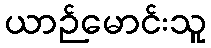
ယာဉ်မောင်းသူ